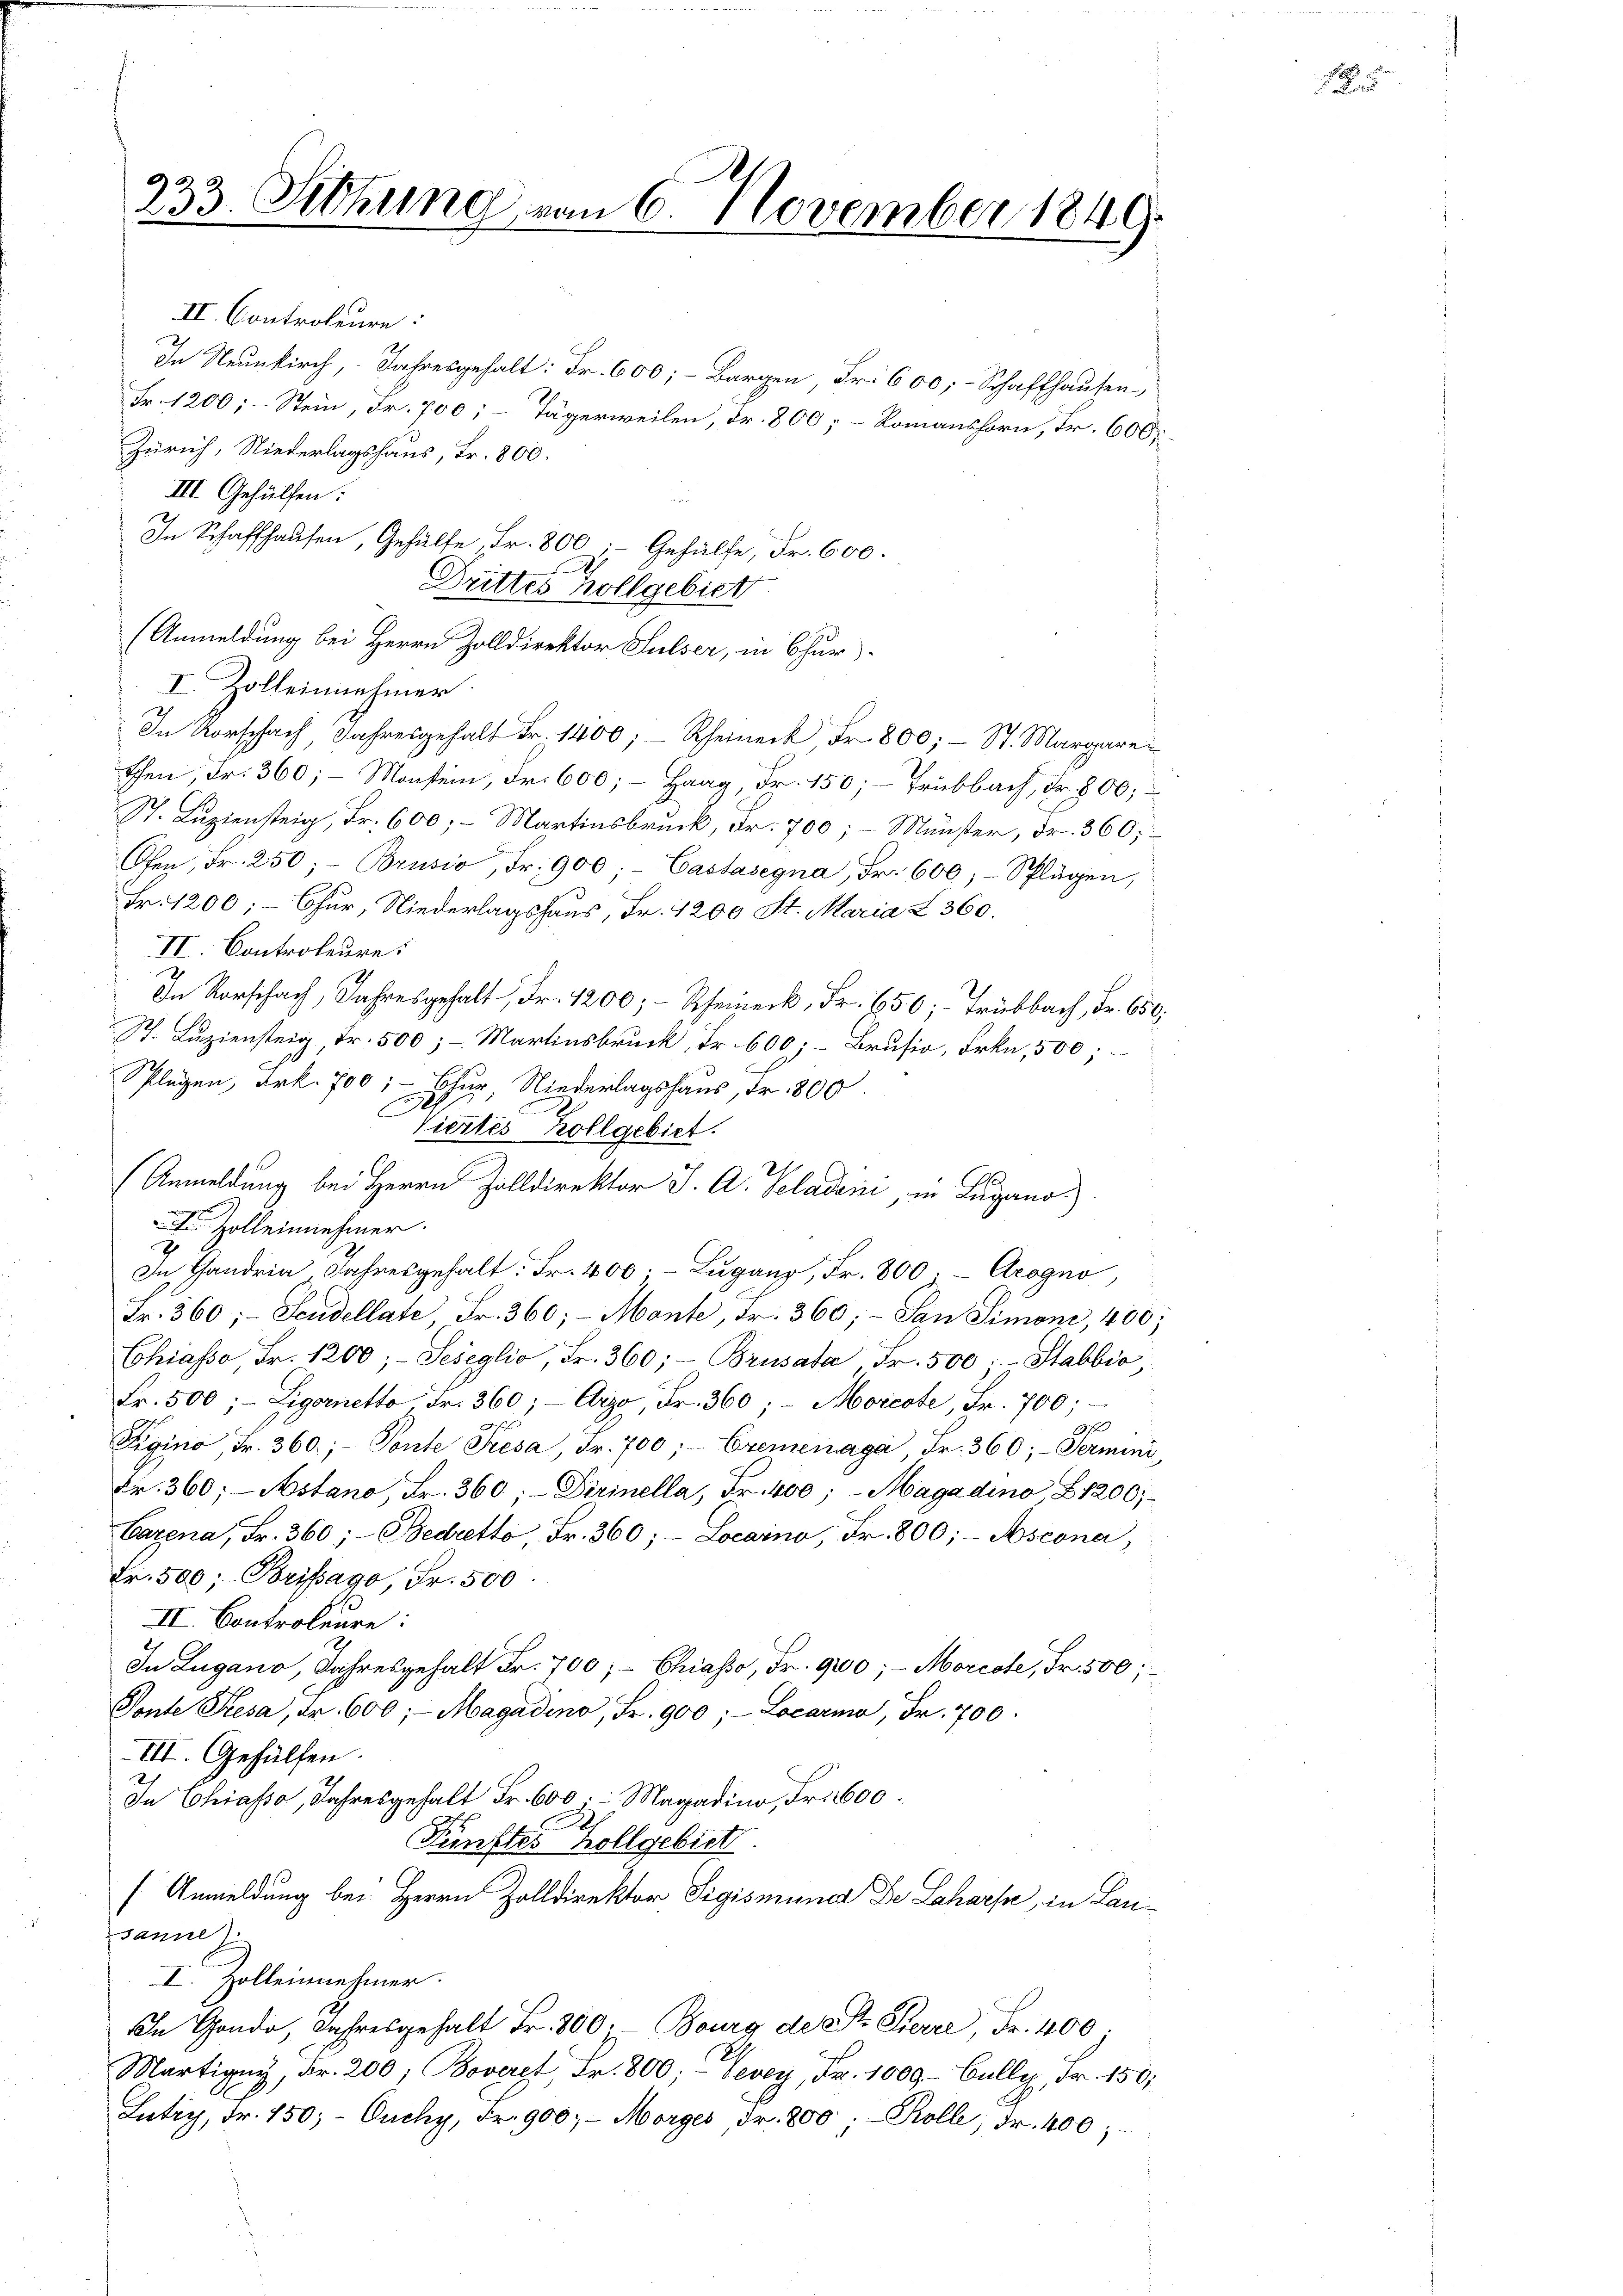
233. Setzung vom 6. November 1849.

II. Controleure:
7
In Neunkirch, Jahresgehalt: Fr. 600;- Bargen Fr. 600, Schaffhausen,
Fr. 1200;- Stein, Fr. 700; – Tägerweilen, Fr. 800; – Romanshorn, Fr. 600
Zürich, Niederlagshaus, Fr. 800.
III. Gehülfen:
In Schaffhausen, Gehülfe, Fr. 800; Gehülfe, Fr. 600.
Drittes Hollgebiet
(Anmeldung bei Herrn Zolldirektor Sulser, in Chur-
V. Zolleinnehmer
In Vorschach Jahresgehalt Fr. 1400; Rheineck Fr. 800; - St. Margare
then, Fr. 360; - Monstein, Fr. 600; - Haag, Fr. 150; - Tribbach, Fr. 800;
St. Luziensteig, Fr. 600;- Martinsbruck, Fr. 700; – Münster, Fr. 360,
Ofen, Fr. 250; Brusio, Fr. 900;- Castasegna, Fr. 600, Splügen,
Fr. 1200;- Chur, Niederlagshaus, Fr. 1200 St. Maria Z. 360.
II. Controleure.
In Vorschach, Jahresgehalt Fr. 1200; - Scheineck, Fr. 250; Trübbach, Fr. 650.
St. Luziensteig Fr. 500; - Martinsbruck, Fr. 600; Brusio, Frkn. 500;
Splügen, Frk. 700; Chur, Niederlagshaus, Fr. 800.
Viertes Zollgebiet.
(Anmeldung bei Herrn Zolldirektor J. A. Seladen, in Lugano.)
 Zolleinnehmer.
7
In Handria Jahresgehalt: Fr. 400. Lugang, Fr. 800. - Arogno,
Fr. 360;- Scudellate Fr. 360;- Monte, Fr. 360; - San Simoni, 400
Chiasso, Fr. 1200; Seseglio, Fr. 360; Brusata, Fr. 500. Stabbia
Fr. 500; Ligoretto Fr. 360; Argo, Fr. 360; - Morcote, Fr. 700;
9f
Eigino, Fr. 360; Ponte Presa, Fr. 700; Cremenaga, Fr. 360;- Termini
Fr. 360, Aostano, Fr. 360;- Dirinella, Fr. 400; - Magadino, B 1200;
Carena, Fr. 360;- Bedretto Fr. 360, Locarno, Fr. 800;- Ascona,
Fr. 500;- Brisago, Fr. 500.
II. Controleure:
In Lugano, Jahresgehalt Fr. 700, Chiasso, Fr. 9000; Morcote, Fr. 500;
Ponte Presa, dr. 600; Magadino, Fr. 900; Locaria, Fr. 700.
III. Gehülfen.
In Chiasso, Jahresgehalt Fr. 600. Magadino, Fr. 600.
A
Fünftes hollgebiet
Anmeldung bei Herrn Zolldirektor Sigismund Dr Scharfe in Lausanne)
I. Zolleinehmer.
In Gonde, Jahresgehalt Fr. 300. Bourg des Pierre Fr. 400.
Märtigny, Fr. 200, Boveret, Fr. 800; Vevey, Fr. 1000 Gully, Fr. 150.
Lutry, Fr. 150, Ouchy, Fr. 900.- Morges, Fr. 800; Kolle, Fr. 400;